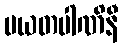
ပယတပါဏိနီ